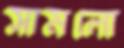
সামলো